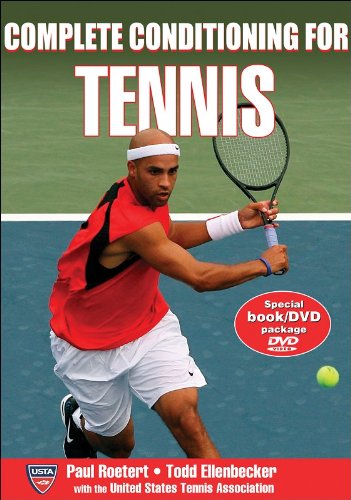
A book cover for Complete Conditioning for Tennis (Complete Conditioning for Sports Series); Paul Roetert; Sports & Outdoors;